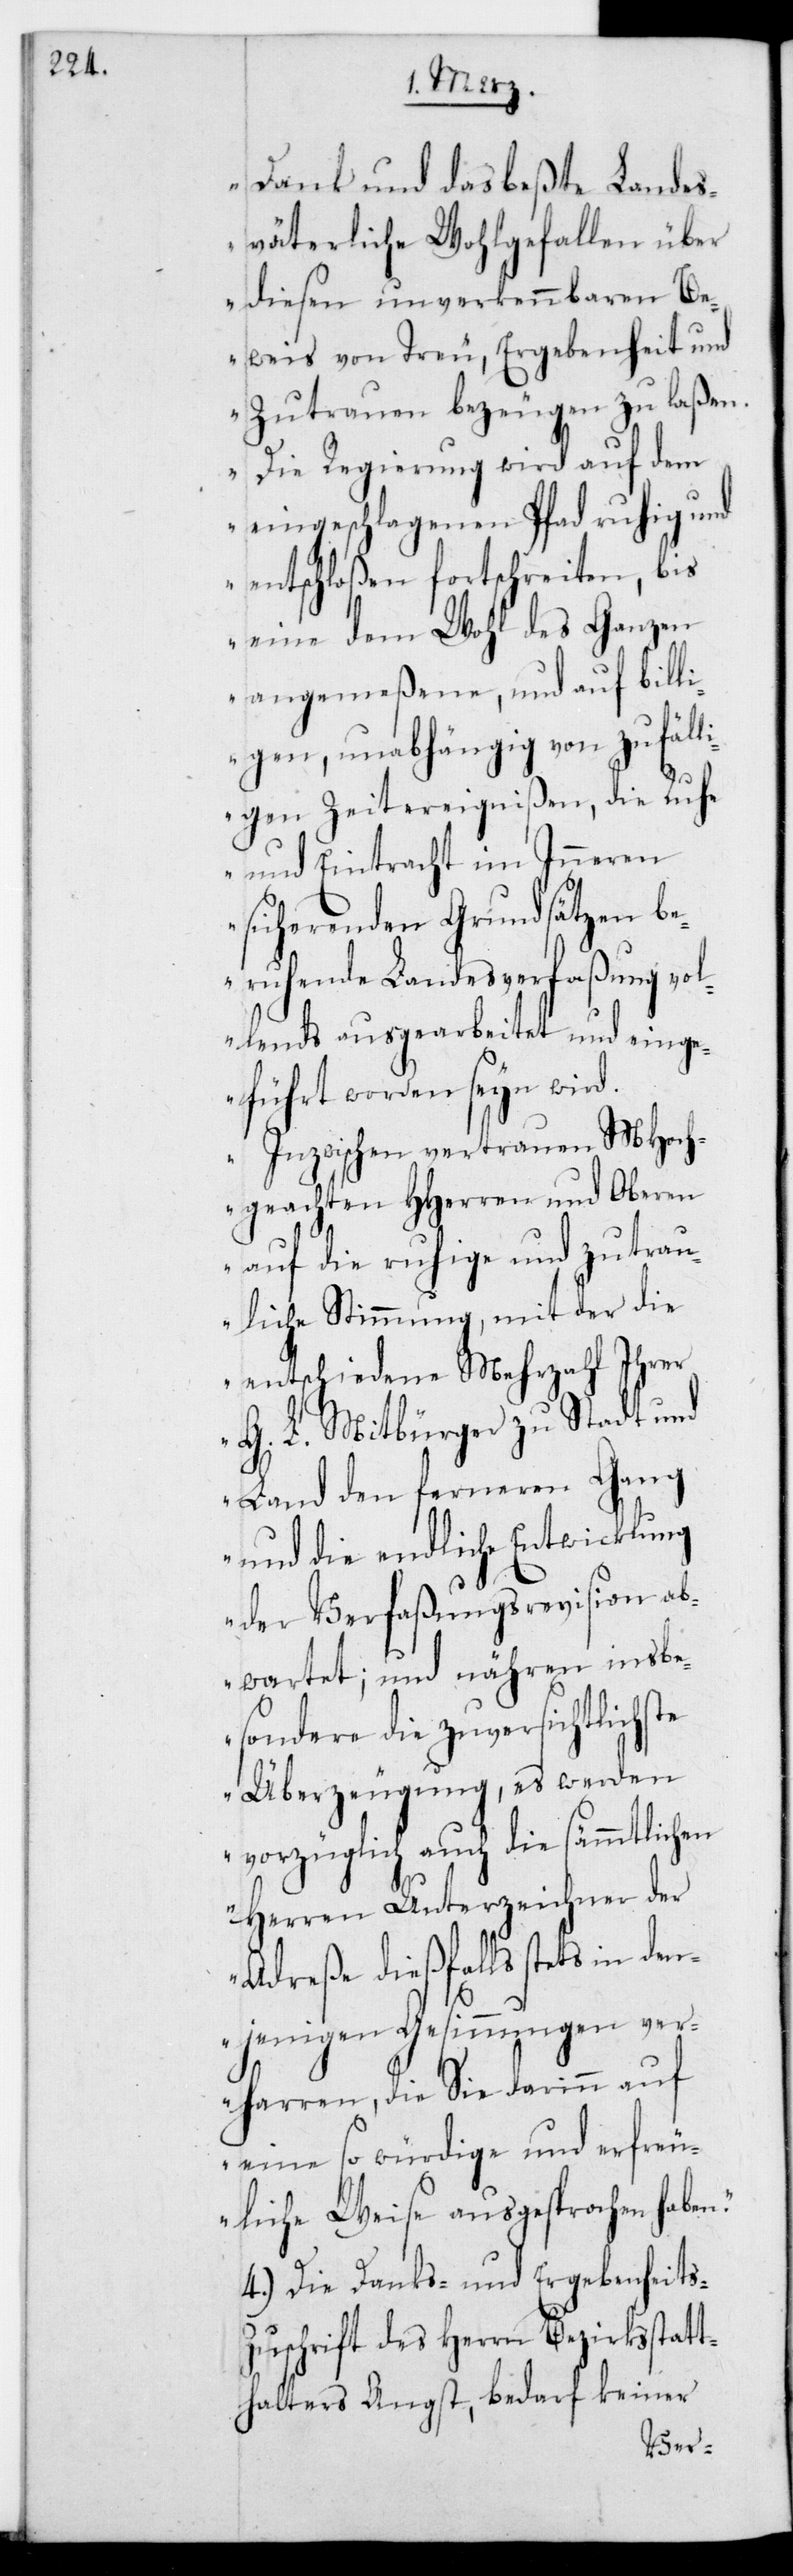
Dank und das beßte landes¬
väterliche Wohlgefallen über
diesen unverkennbaren Be¬
weis von Treu, Ergebenheit und
Zutrauen bezeugen zu laßen.
Die Regierung wird auf dem
eingeschlagenen Pfad ruhig und
entschloßen fortschreiten, bis
eine dem Wohl des Ganzen
angemeßene, und auf billi¬
gen, unabhängig von zufäll¬
igen Zeitereignißen, die Ruhe
und Eintracht im Inneren
sichernden Grundsätzen be¬
ruhende Landesverfaßung vol¬
lends ausgearbeitet und eing¬
eführt worden sein wird.
Inzwischen vertrauen MHoch¬
geachten HHerren und Oberen
auf die ruhige und zutrau¬
liche Stimmung, mit der die
entschiedene Mehrzahl Ihrer
G. L. Mitbürger zu Stadt und
Land den ferneren Gang
und die endliche Entwicklung
der Verfaßungsrevision ab¬
wartet; und nähren insbe¬
sondere die zuversichtlichste
Überzeugung, es werden
vorzüglich auch die sämmtlichen
Herren Unterzeichner der
Adreße dießfalls stets in den¬
jenigen Gesinnungen ver¬
harren, die Sie darinn auf
eine so würdige und erfreu¬
liche Weise ausgesprochen haben“.
4.) Die Danks- und Ergebenheits-Z¬
uschrift des Herrn Bezirksstatt¬
halters Angst bedarf keiner